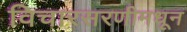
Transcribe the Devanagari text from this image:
विचारसरणीमधून